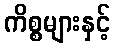
ကိစ္စများနှင့်